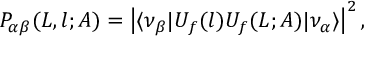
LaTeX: P _ { \alpha \beta } ( L , l ; A ) = \left\vert \langle \nu _ { \beta } \vert U _ { f } ( l ) U _ { f } ( L ; A ) \vert \nu _ { \alpha } \rangle \right\vert ^ { 2 } ,